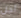
أجل